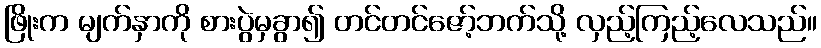
ဖြိုးက မျက်နှာကို စားပွဲမှခွာ၍ တင်တင်ဇော့်ဘက်သို့ လှည့်ကြည့်လေသည်။